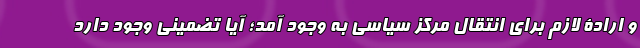
و ارادة لازم برای انتقال مرکز سیاسی به وجود آمد؛ آیا تضمینی وجود دارد